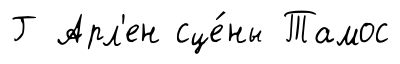
Г Арл'ен сце́ны Тамос